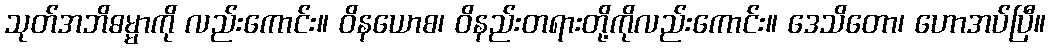
သုတ်အဘိဓမ္မာကို လည်းကောင်း။ ဝိနယောစ၊ ဝိနည်းတရားတို့ကိုလည်းကောင်း။ ဒေသိတော၊ ဟောအပ်ပြီ။